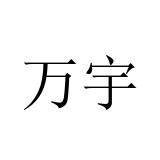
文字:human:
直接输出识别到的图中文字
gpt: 万宇